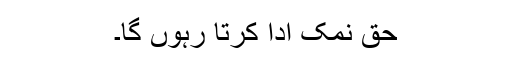
حق نمک ادا کرتا رہوں گا۔